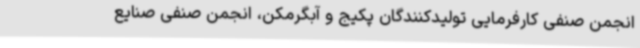
انجمن صنفی کارفرمایی تولیدکنندگان پکیج و آبگرمکن، انجمن صنفی صنایع